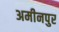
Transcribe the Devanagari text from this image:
अमीनपुर